Leaving Certificate Examination, 1906
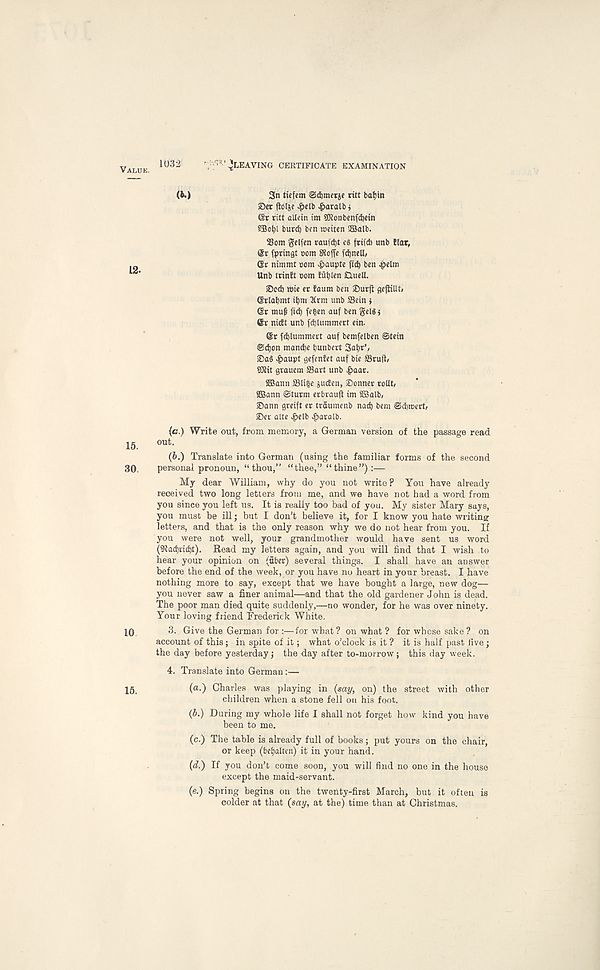
1032 '^LEAVING CERTIFICATE EXAMINATION
(6.)
3n tiefcm ©dbmerie ritt bat)tn
©et floljc ^»clb ^>aralbi
6t ritt alletn tm SKonbcnfdjetn
5Bot)l burcb ben meiten 2Balb.
25om gelfen raufdjt es frtfcb unb liar,
@r fpringt com SRofi e fdjnett,
(Sr nimmt oom >&aupte fid) ben 4>elm
Unb trinlt »om !dt)<en ClueU.
©ctf) wie er faum ben ©urjt oejlillt#
©rtatjmt it)m 2trm unb ffiein i
©r muf fid) fefcen auf ben gelSj
@r nicEt unb fcblummert ein.
@r fdjlummert auf bemfelben @tein
©d)on mandje bunbert Sa^r’,
©a§ £aupt gefenEet auf bie ffirud/
SWit grauem S3art unb ^>aar.
2Bann SSIi^e juifen, ©onner relit,
SBann @turm erbraufl im SBalb,
sDann greift er trSumenb nadb bem ©ebraert,
©er alte ^>elb ^>aralb.
(c.) Write out, from memory, a German version of the passage read
out.
(6.) Translate into German (using the familiar forms of the second
personal pronoun, “thou,” “thee,” “thine”):—
My dear William, why do you not write? You have already
received two long letters from me, and we have not had a word from
you since you left us. It is really too bad of you. My sister Mary says,
you must be ill; but I don’t believe it, for I know you hate writing
letters, and that is the only reason why we do not hear from you. If
you were not well, your grandmother would have sent us word
(Sladjvtdjt). Read my letters again, and you will find that I wish to
hear your opinion on (fiber) several things. I shall have an answer
before the end of the week, or you have no heart in your breast. I have
nothing more to say, except that we have bought a large, new dog—
you never saw a finer animal—and that the old gardener John is dead.
The poor man died quite suddenly,—no wonder, for he was over ninety.
Your loving friend Frederick White.
3. Give the German for :—for what? on what ? for whose sake ? on
account of this; in spite of it; what o’clock is it ? it is half past five;
the day before yesterday; the day after to-morrow; this day week.
4. Translate into German :—
(a.) Charles was playing in (say, on) the street with other
children when a stone fell on his foot.
(5.) During my whole life I shall not forget how kind you have
been to me.
(c.) The table is already full of books ; put yours on the chair,
or keep (bctjalten) it in your hand.
(d.) If you don’t come soon, you will find no one in the house
except the maid-servant.
(e.) Spring begins on the twenty-first March, but it often is
colder at that (say, at the) time than at Christmas.